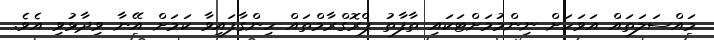
މައްސަލަތައް އަވަހަށް ނިންމުމަށްޓަކައި ތާފާތު ޕްރޮގްރާމްތައް ހިންގާފައިވާ ކަމަށް އޭނާ ވިދާޅުވި އެވެ.